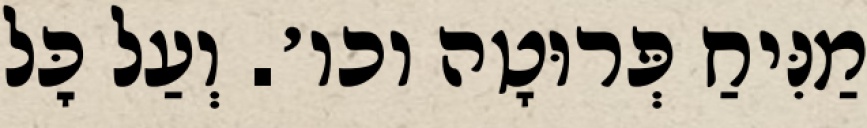
מַנִּיחַ פְּרוּטָה וכו׳. וְעַל כׇּל